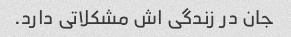
جان در زندگی اش مشکلاتی دارد.